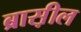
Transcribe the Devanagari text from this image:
ब्रास़ील